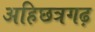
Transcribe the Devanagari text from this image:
अहिछत्रगढ़